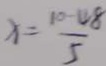
x = \frac { 1 0 - 4 8 } { 5 }